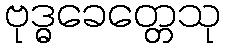
ဗုဒ္ဓခေတ္တေသု